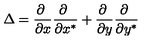
\Delta = \frac { \partial \ } { \partial x } \frac { \partial \ } { \partial x ^ { * } } + \frac { \partial \ } { \partial y } \frac { \partial \ } { \partial y ^ { * } }